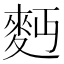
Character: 麪